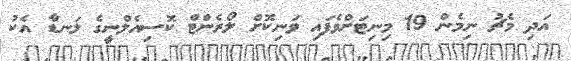
އަދި މެޗު ނިމެން 19 މިނިޓަށްވެފައި ވަނިކޮށް ލޯރެންޓް ކޮސިއެލްނީގެ ލަނޑާ އެކު